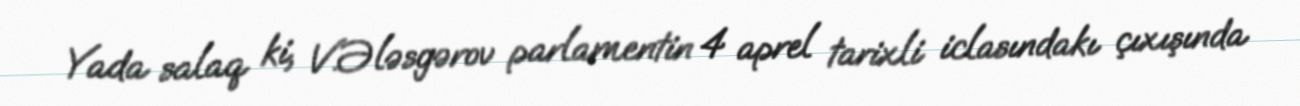
Yada salaq ki, V.Ələsgərov parlamentin 4 aprel tarixli iclasındakı çıxışında